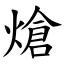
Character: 熗